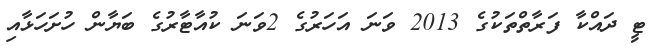
ޓީ ދައްކާ ފަރާތްތަކުގެ 2013 ވަނަ އަހަރުގެ 2ވަނަ ކުއާޓާރުގެ ބަޔާން ހުށަހަޅާއި